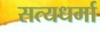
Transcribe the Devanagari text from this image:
सत्यधर्मा